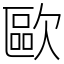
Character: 歐